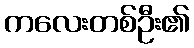
ကလေးတစ်ဦး၏